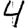
Digit: 4